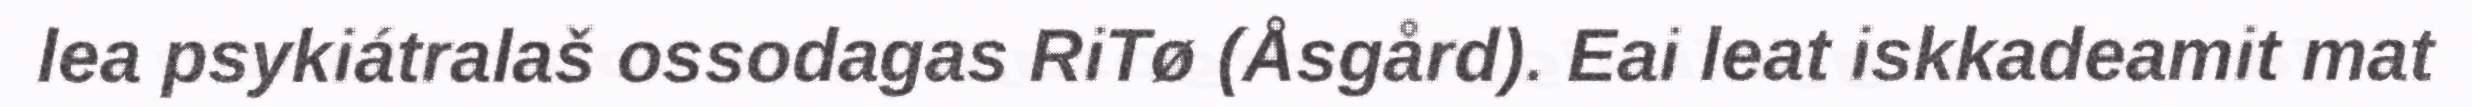
lea psykiátralaš ossodagas RiTø (Åsgård). Eai leat iskkadeamit mat